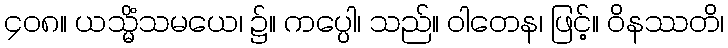
၄၀၈။ ယသ္မိံသမယေ၊ ၌။ ကပ္ပေါ၊ သည်။ ဝါတေန၊ ဖြင့်။ ဝိနဿတိ၊